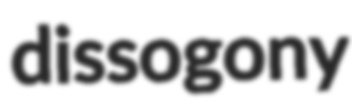
dissogony